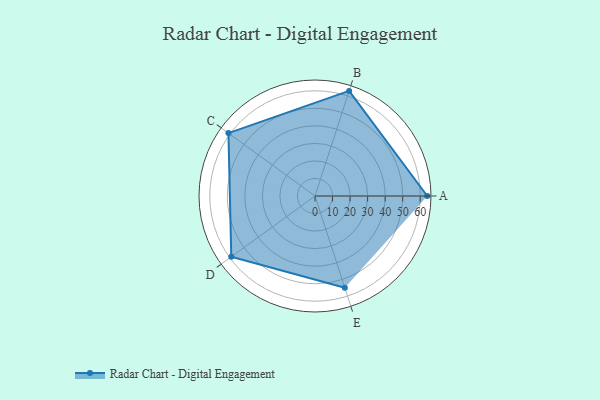
{"axis": {"x": "Skill", "y": "Score"}, "legend": ["Profile"], "data": [{"x": "A", "y": 64.0, "type": "Profile"}, {"x": "B", "y": 63.0, "type": "Profile"}, {"x": "C", "y": 61.0, "type": "Profile"}, {"x": "D", "y": 59.0, "type": "Profile"}, {"x": "E", "y": 55.0, "type": "Profile"}]}